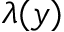
\lambda ( y )